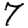
Digit: 7